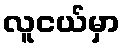
လူငယ်မှာ